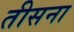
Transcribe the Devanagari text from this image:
तीसना